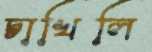
চাখিলি